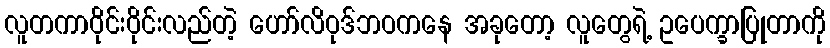
လူတကာဝိုင်းဝိုင်းလည်တဲ့ ဟော်လိဝုဒ်ဘဝကနေ အခုတော့ လူတွေရဲ့ ဥပေက္ခာပြုတာကို